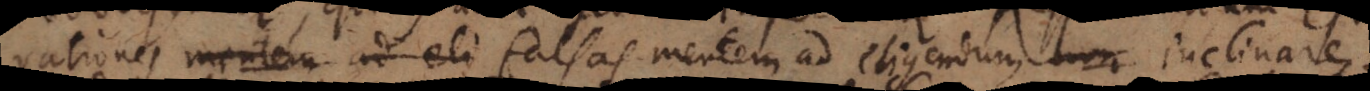
rationes mentem ad eli falsas mentem ad eligendum inclinare